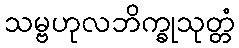
သမ္ဗဟုလဘိက္ခုသုတ္တံ